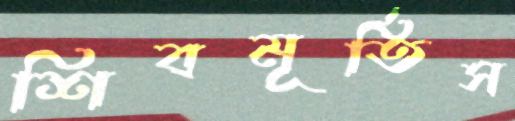
শিবমূর্তিস